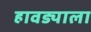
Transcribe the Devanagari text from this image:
हावड्याला